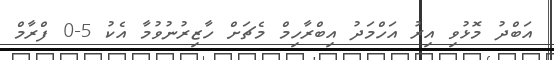
އަބްދު މޮޅުވި އިރު އަހްމަދު އިބްރާހިމް މެޗަށް ހާޒިރުނުވުމާ އެކު 5-0 ފްރާމް